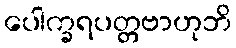
ပေါက္ခရပတ္တဗာဟုဘိ